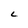
Character: L